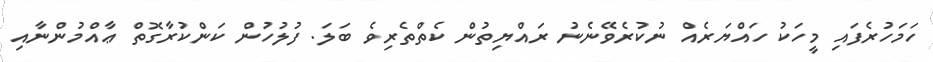
ހަމަހުރެފައި މީހަކު ހައްޔަރެއް ނުކުރެވޭނެނު ރައްޔިތުން ކެތްތެރިވެ ބަލަ. ފުލުހުން ކަންކުރާގޮތް ޢާއްމުންނާއި